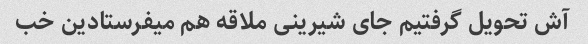
آش تحویل گرفتیم جای شیرینی ملاقه هم میفرستادین خب